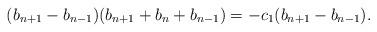
LaTeX: \begin{align*}(b_{n+1} - b_{n-1})(b_{n+1} + b_n + b_{n-1}) = -c_1(b_{n+1} - b_{n-1}).\end{align*}